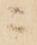
ニ